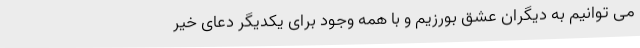
می توانیم به دیگران عشق بورزیم و با همه وجود برای یکدیگر دعای خیر